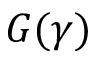
G ( \gamma )